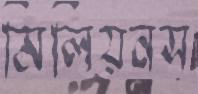
মিলিয়নস